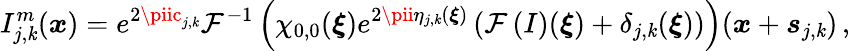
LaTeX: I_{j,\mathit{k}}^{m}(\boldsymbol{\mathit{x}})=e^{2\piic_{j,\mathit{k}}}\mathcal{{F}}^{-1}\left(\chi_{0,0}(\boldsymbol{\xi})e^{2\pii\eta_{j,\mathit{k}}(\boldsymbol{\xi})}\left(\mathcal{{F}}\left(I\right)(\boldsymbol{\xi})+\delta_{j,\mathit{k}}(\boldsymbol{\xi})\right)\right)(\boldsymbol{\mathit{x}}+\boldsymbol{s}_{j,\mathit{k}})\, ,